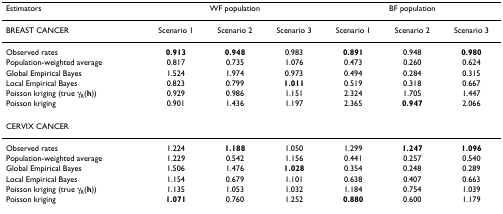
<table><thead><tr><td><b>Estimators</b></td><td colspan="3"><b>WF population</b></td><td colspan="3"><b>BF population</b></td></tr></thead><tbody><tr><td>BREAST CANCER</td><td>Scenario 1</td><td>Scenario 2</td><td>Scenario 3</td><td>Scenario 1</td><td>Scenario 2</td><td>Scenario 3</td></tr><tr><td>Observed rates</td><td><b>0.913</b></td><td><b>0.948</b></td><td>0.983</td><td><b>0.891</b></td><td>0.948</td><td><b>0.980</b></td></tr><tr><td>Population-weighted average</td><td>0.817</td><td>0.735</td><td>1.076</td><td>0.473</td><td>0.260</td><td>0.624</td></tr><tr><td>Global Empirical Bayes</td><td>1.524</td><td>1.974</td><td>0.973</td><td>0.494</td><td>0.284</td><td>0.315</td></tr><tr><td>Local Empirical Bayes</td><td>0.823</td><td>0.799</td><td><b>1.011</b></td><td>0.519</td><td>0.318</td><td>0.667</td></tr><tr><td>Poisson kriging (true γ<sub>R</sub>(<b>h</b>))</td><td>0.929</td><td>0.986</td><td>1.151</td><td>2.324</td><td>1.705</td><td>1.447</td></tr><tr><td>Poisson kriging</td><td>0.901</td><td>1.436</td><td>1.197</td><td>2.365</td><td><b>0.947</b></td><td>2.066</td></tr><tr><td>CERVIX CANCER</td><td></td><td></td><td></td><td></td><td></td><td></td></tr><tr><td>Observed rates</td><td>1.224</td><td><b>1.188</b></td><td>1.050</td><td>1.299</td><td><b>1.247</b></td><td><b>1.096</b></td></tr><tr><td>Population-weighted average</td><td>1.229</td><td>0.542</td><td>1.156</td><td>0.441</td><td>0.257</td><td>0.540</td></tr><tr><td>Global Empirical Bayes</td><td>1.506</td><td>1.476</td><td><b>1.028</b></td><td>0.354</td><td>0.248</td><td>0.289</td></tr><tr><td>Local Empirical Bayes</td><td>1.154</td><td>0.679</td><td>1.101</td><td>0.638</td><td>0.407</td><td>0.663</td></tr><tr><td>Poisson kriging (true γ<sub>R</sub>(<b>h</b>))</td><td>1.135</td><td>1.053</td><td>1.032</td><td>1.184</td><td>0.754</td><td>1.039</td></tr><tr><td>Poisson kriging</td><td><b>1.071</b></td><td>0.760</td><td>1.252</td><td><b>0.880</b></td><td>0.600</td><td>1.179</td></tr></tbody></table>